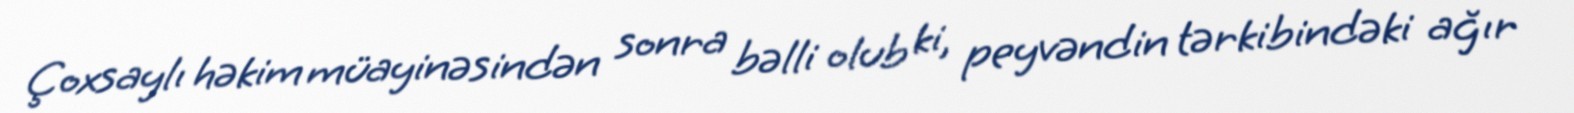
Çoxsaylı həkim müayinəsindən sonra bəlli olub ki, peyvəndin tərkibindəki ağır